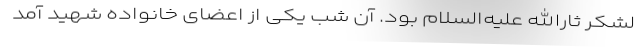
لشکر ثارالله علیه‌السلام بود. آن شب یکی از اعضای خانواده شهید آمد